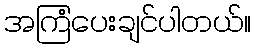
အကြံပေးချင်ပါတယ်။